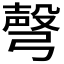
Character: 𢐙